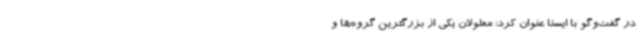
در گفت‌وگو با ایسنا عنوان کرد: معلولان یکی از بزرگترین گروه‌ها و